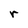
Character: r